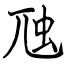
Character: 虺